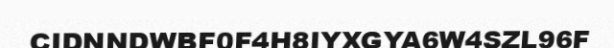
CIDNNDWBF0F4H8IYXGYA6W4SZL96F